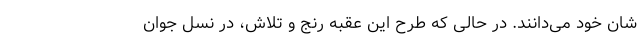
شان خود می‌دانند. در حالی‌ که طرح این عقبه رنج و تلاش، در نسل جوان